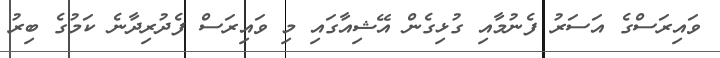
ވައިރަސްގެ އަސަރު ފެނުމާއި ގުޅިގެން އޭޝިއާގައި މި ވައިރަސް ފެދުރިދާނެ ކަމުގެ ބިރު